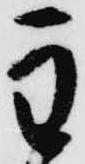
主